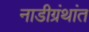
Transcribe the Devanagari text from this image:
नाडीग्रंथांत